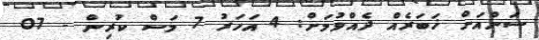
ސަންއަށް ޚަބަރެއް ދެއްވުމަށް: 4 އަހަރު 7 މަސް ކުރިން - 07